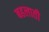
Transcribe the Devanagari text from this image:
बहलाती